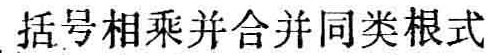
括号相乘并合并同类根式